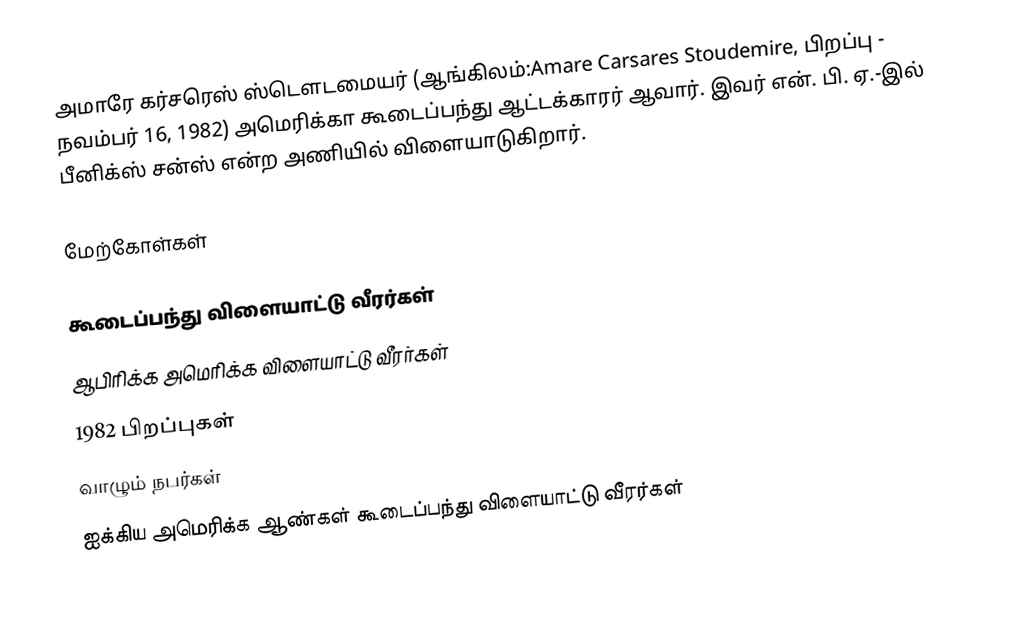
அமாரே கர்சரெஸ் ஸ்டெளடமையர் (ஆங்கிலம்:Amare Carsares Stoudemire, பிறப்பு - நவம்பர் 16, 1982) அமெரிக்கா கூடைப்பந்து ஆட்டக்காரர் ஆவார். இவர் என். பி. ஏ.-இல் பீனிக்ஸ் சன்ஸ் என்ற அணியில் விளையாடுகிறார்.

மேற்கோள்கள்

கூடைப்பந்து விளையாட்டு வீரர்கள்
ஆபிரிக்க அமெரிக்க விளையாட்டு வீரர்கள்
1982 பிறப்புகள்
வாழும் நபர்கள்
ஐக்கிய அமெரிக்க ஆண்கள் கூடைப்பந்து விளையாட்டு வீரர்கள்